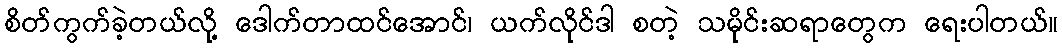
စိတ်ကွက်ခဲ့တယ်လို့ ဒေါက်တာထင်အောင်၊ ယက်လိုင်ဒါ စတဲ့ သမိုင်းဆရာတွေက ရေးပါတယ်။